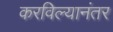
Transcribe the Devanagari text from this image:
करविल्यानंतर